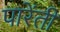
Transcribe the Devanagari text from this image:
पारेंती